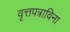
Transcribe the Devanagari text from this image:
वृत्तपत्राविना